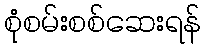
စုံစမ်းစစ်ဆေးရန်